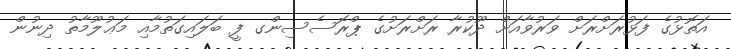
އަތޮޅުގެ ފަޅުރަށްރަށް ވަރުވާއަށް ދޫކުރާ ރަށްރަށުގެ ޕްރޮސެސިންގ ފީ ބަލައިގަތުމާއި މަޢުލޫމާތު ދިނުން